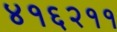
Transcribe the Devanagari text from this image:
४१६२११